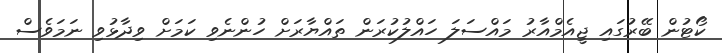
ކޯޓުން ބޭރުގައި ޖީއެމްއާރު މައްސަލަ ހައްލުކުރަން ތައްޔާރަށް ހުންނެވި ކަމަށް ވިދާޅުވި ނަމަވެސް